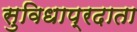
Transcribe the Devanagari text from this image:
सुविधाप्रदाता